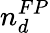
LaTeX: n_{d}^{FP}